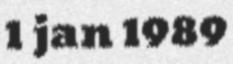
1 jan 1989